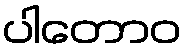
ပါတောဝ